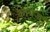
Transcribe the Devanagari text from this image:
कायजु